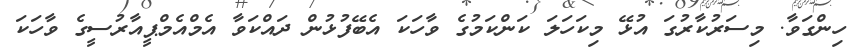
ހިންގަވާ. މިސަރުކާރުގަ އުޅޭ މިކަހަލަ ކަންކަމުގެ ވާހަކަ އެބޭފުޅުން ދައްކަވާ އެމްއެމްޕީއާރުސީގެ ވާހަކަ